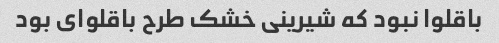
باقلوا نبود که شیرینی خشک طرح باقلوای بود